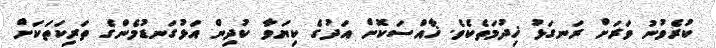
ކުރެވުނު ވަރަށް ރަނގަޅު ޚިދުމަތެކެވެ. ޚާއްސަކޮށް އަދުގެ ކިޔަވާ ކުދިން އަޅުގަނޑުމެންގެ ތަރިކަތަކަށް